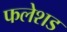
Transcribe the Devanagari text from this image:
फलेशड